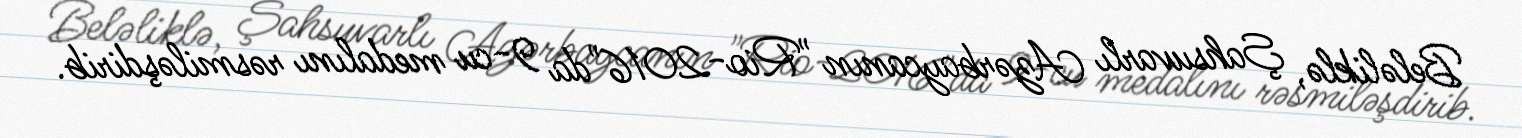
Beləliklə, Şahsuvarlı Azərbaycanın "Rio-2016"da 9-cu medalını rəsmiləşdirib.